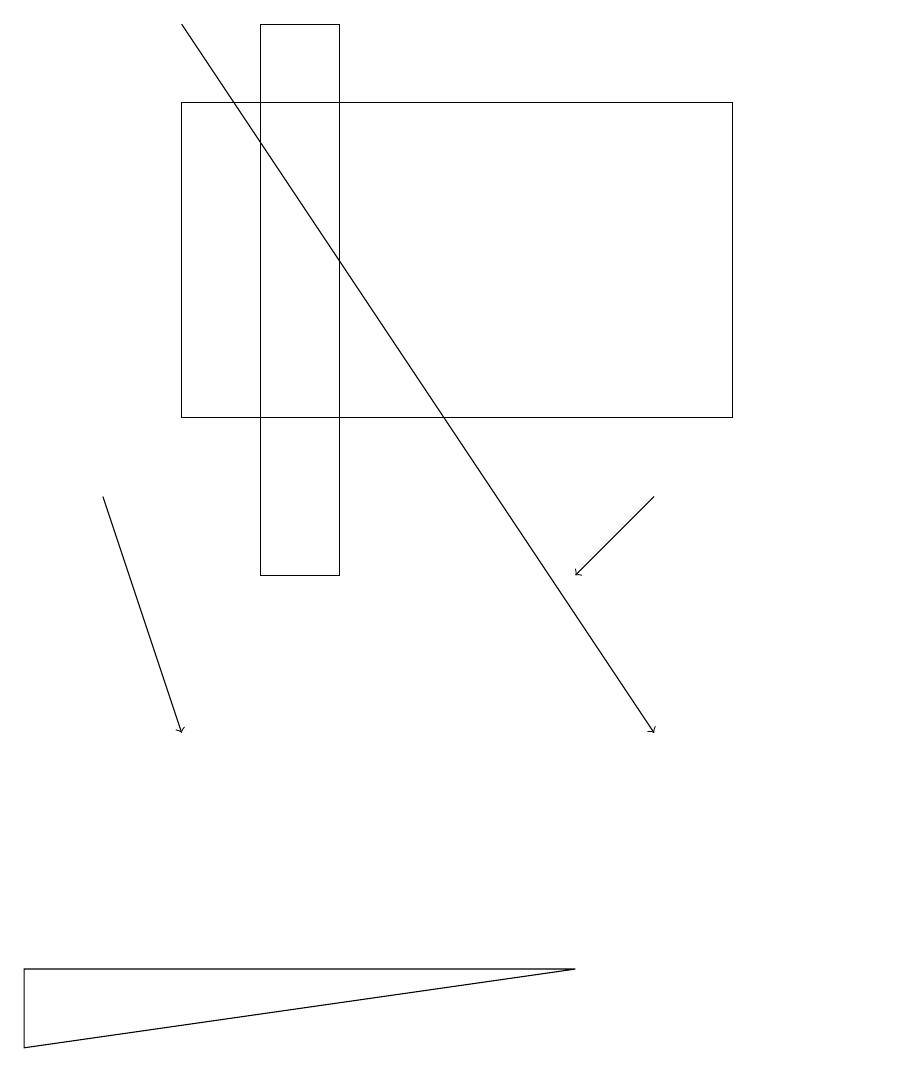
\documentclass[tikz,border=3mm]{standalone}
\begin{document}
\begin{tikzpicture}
\draw[->] (1,13) -- (2,10);
\draw (7,7) -- (0,6) -- (0,7) -- cycle;
\draw[->] (8,13) -- (7,12);
\draw[->] (2,19) -- (8,10);
\draw (4,19) rectangle (3,12);
\draw (9,14) rectangle (2,18);
\draw (11,11) circle (0);
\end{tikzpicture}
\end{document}